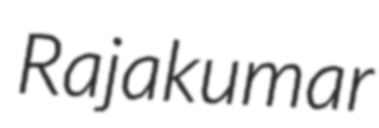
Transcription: Rajakumar